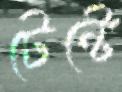
টেন্টে